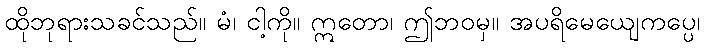
ထိုဘုရားသခင်သည်။ မံ၊ ငါ့ကို။ ဣတော၊ ဤဘဝမှ။ အပရိမေယျေကပ္ပေ၊